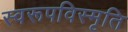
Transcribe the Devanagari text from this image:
स्वरूपविस्मृति